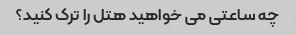
چه ساعتی می خواهید هتل را ترک کنید؟